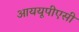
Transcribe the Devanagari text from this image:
आययूपीएसी